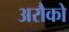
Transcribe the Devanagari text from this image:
अरौको